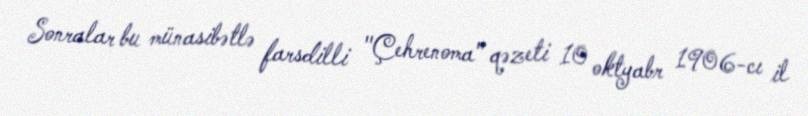
Sonralar bu münasibətlə farsdilli "Çehrenoma" qəzeti 10 oktyabr 1906-cı il